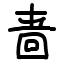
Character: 啬